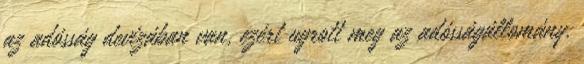
az adósság devizában van, ezért ugrott meg az adósságállomány.